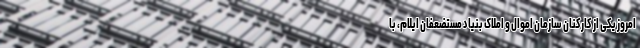
امروز یکی از کارکنان سازمان اموال و املاک بنیاد مستضعفان ایلام، با